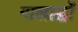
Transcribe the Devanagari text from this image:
गालार्द्धों